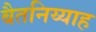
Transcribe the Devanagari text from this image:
बैतनिय्याह